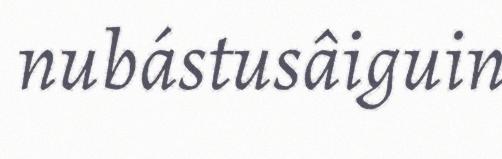
nubástusâiguin